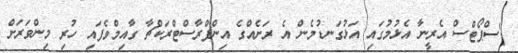
"ސްޕޯޓްސް އެރީނާ އެޅުމުގައި އަޅުގަނޑުމެން އެ ރަށެއްގެ އިންފްރާސްޓްރަކްޗާ ގާއިމްވެފައި ހުރި މިންވަރަށް